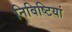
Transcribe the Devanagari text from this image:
निविष्टियां